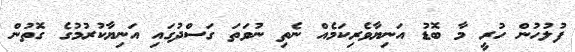
ފުލުހުން ހުރީ މާ ބޮޑު އަނިޔާވެރިކަމެއް ނެތި ނުވަތަ ގަސްދުގައި އަނިޔާކުރުމުގެ ގޮތުން